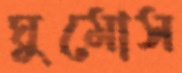
ঘুমোস